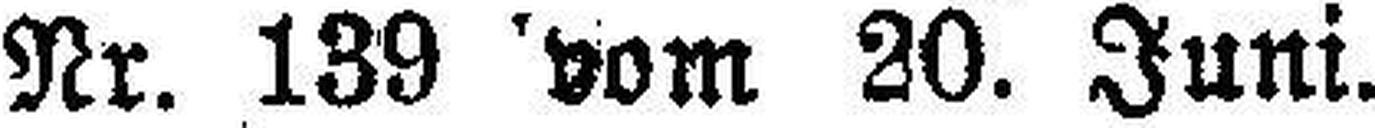
Nr. 139 vom 20. Juni.